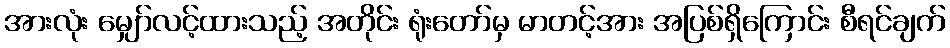
အားလုံး မျှော်လင့်ထားသည့် အတိုင်း ရုံးတော်မှ မာတင့်အား အပြစ်ရှိကြောင်း စီရင်ချက်